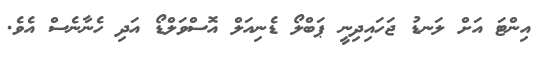
އިންޓަ އަށް ލަނޑު ޖަހައިދިނީ ޕަބްލޯ ޑެނިއަލް އޮސްވަލްޑޯ އަދި ހެނާނެސް އެވެ.